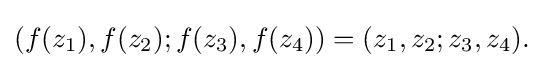
(f(z_{1}),f(z_{2});f(z_{3}),f(z_{4}))=(z_{1},z_{2};z_{3},z_{4}).\